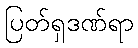
ပြတ်ရှဒဏ်ရာ